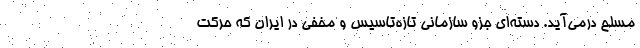
مسلح درمی‌آید. دسته‌ای جزو سازمانی تازه‌تاسیس و مخفی در ایران که حرکت